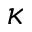
\kappa